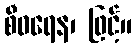
စီဝရေန၊ ဖြင့်။